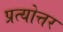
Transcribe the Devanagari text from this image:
प्रत्योत्तर